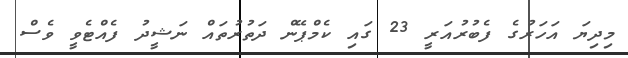
މިދިޔަ އަހަރުގެ ފެބުރުއަރީ 23 ގައި ކެމްޕޭން ދަތުރުތައް ނަޝީދު ފެއްޓެވީ ވެސް